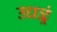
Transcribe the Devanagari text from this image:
उधळूं